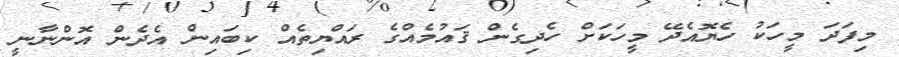
މިފަދަ މީހަކު ހެޔޮއެދޭ މީހަކަށް ހެދިގެން ޤައުމެއްގެ ރައްޔިތެއް ކިބައިން އެދެން އޮންނާނީ